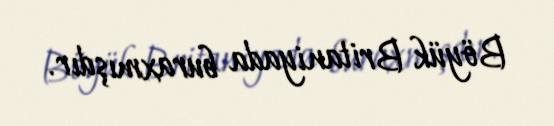
Böyük Britaniyada buraxmışdır.